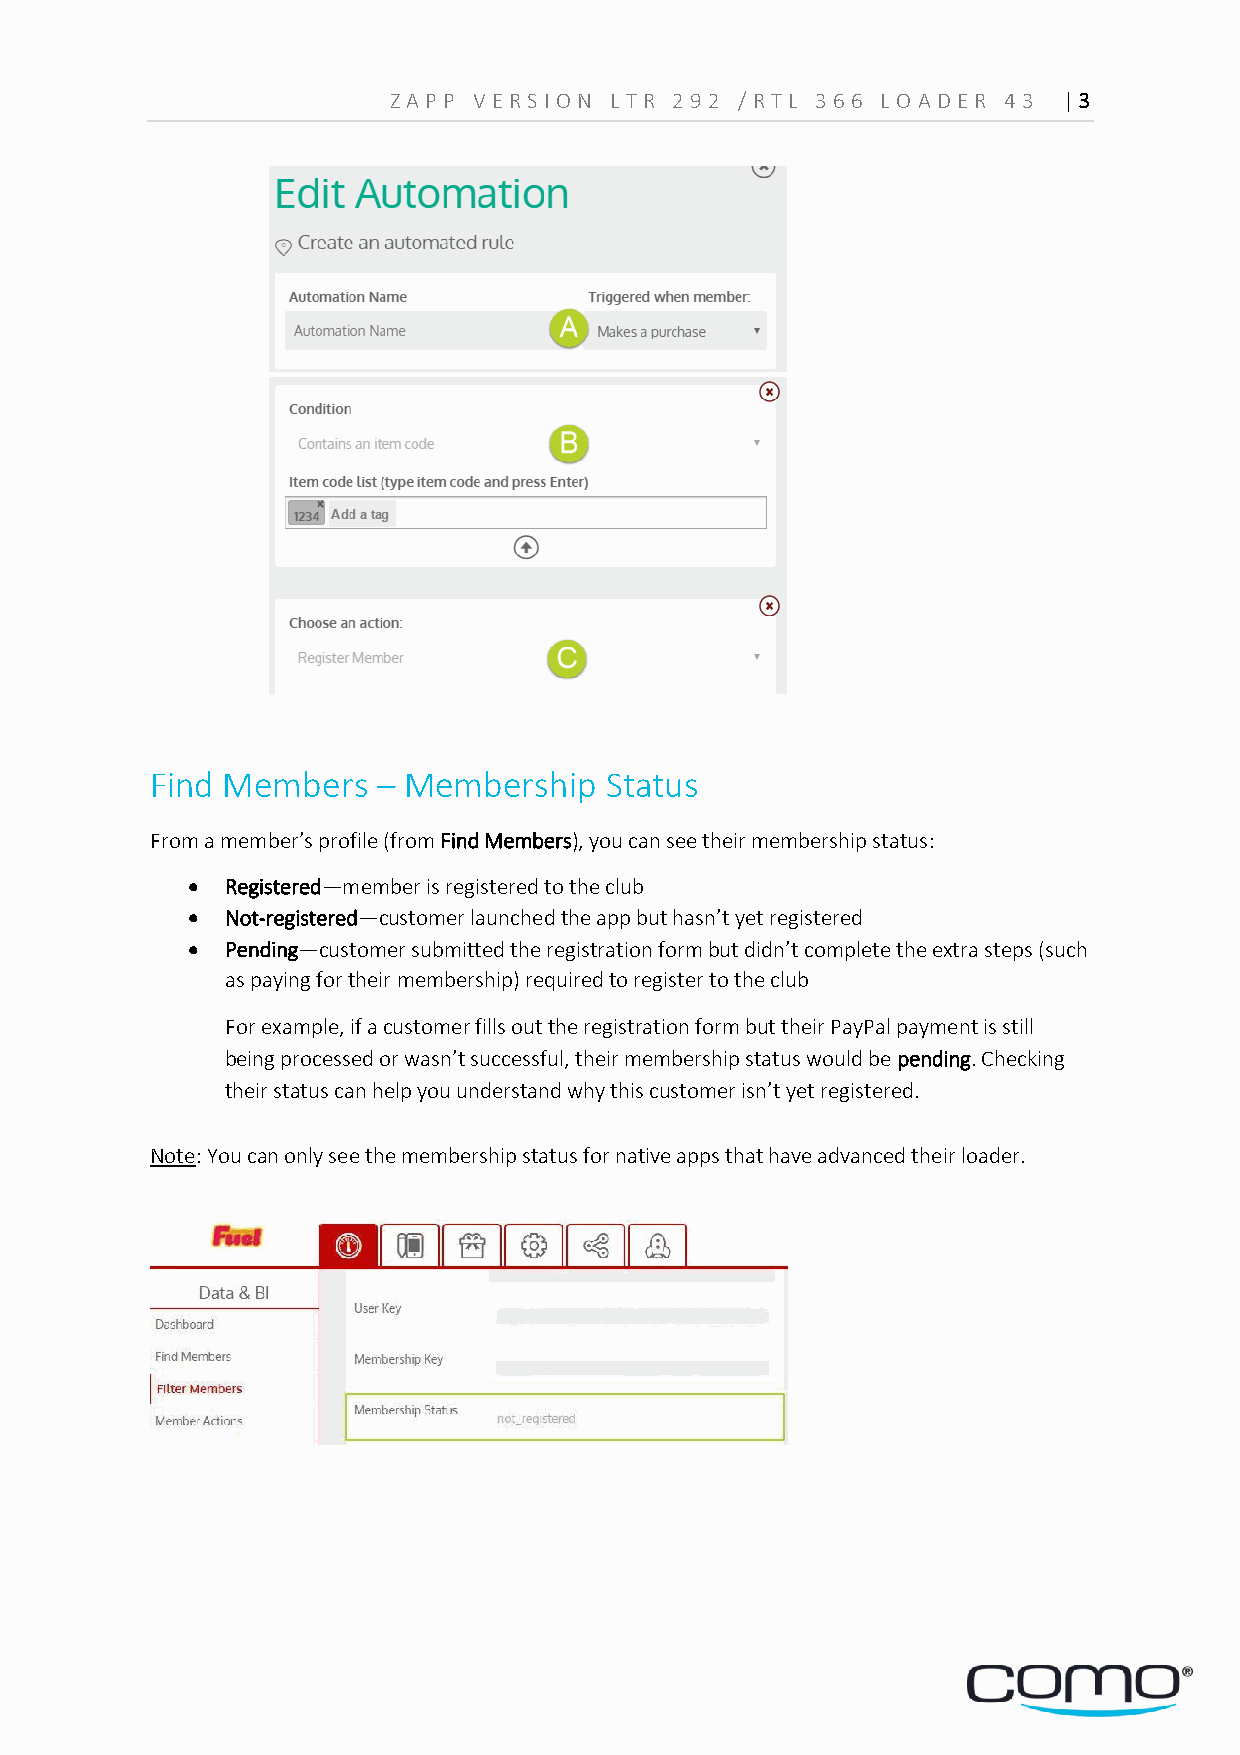
Z A PP VERS ION L TR 29 2 /RTL 36 6 LOA D ER 4 3 | 3
 Find Members   – Membership   Status
 From a member’s profile (from Find Members), you can see their membership status:
   Registered—member is registered to the club
   Not-registered—customer launched the app but hasn’t yet registered
   Pending—customer submitted the registration form but didn’t complete the extra steps (such
 as paying for their membership) required to register to the club
 For example, if a customer fills out the registration form but their PayPal payment is still
 being processed or wasn’t successful, their membership status would be pending. Checking
 their status can help you understand why this customer isn’t yet registered.
 Note: You can only see the membership status for native apps that have advanced their loader.